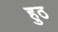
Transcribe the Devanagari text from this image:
हुठ